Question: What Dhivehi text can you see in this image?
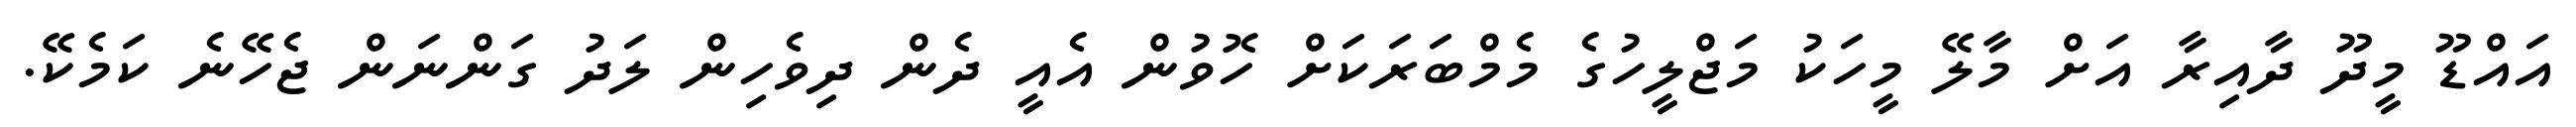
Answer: އައްޑޫ މީދޫ ދާއިރާ އަށް މާލޭ މީހަކު މަޖްލީހުގެ މެމްބަރަކަށް ހޮވުން އެއީ ދެން ދިވެހިން ލަދު ގަންނަން ޖެހޭނެ ކަމެކޭ.